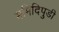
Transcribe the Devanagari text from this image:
ममिदिपुडी